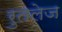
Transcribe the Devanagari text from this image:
रुतलेज